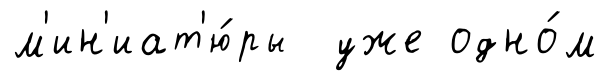
м'ин'иат'ю́ры уже одно́м